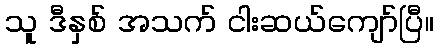
သူ ဒီနှစ် အသက် ငါးဆယ်ကျော်ပြီ။